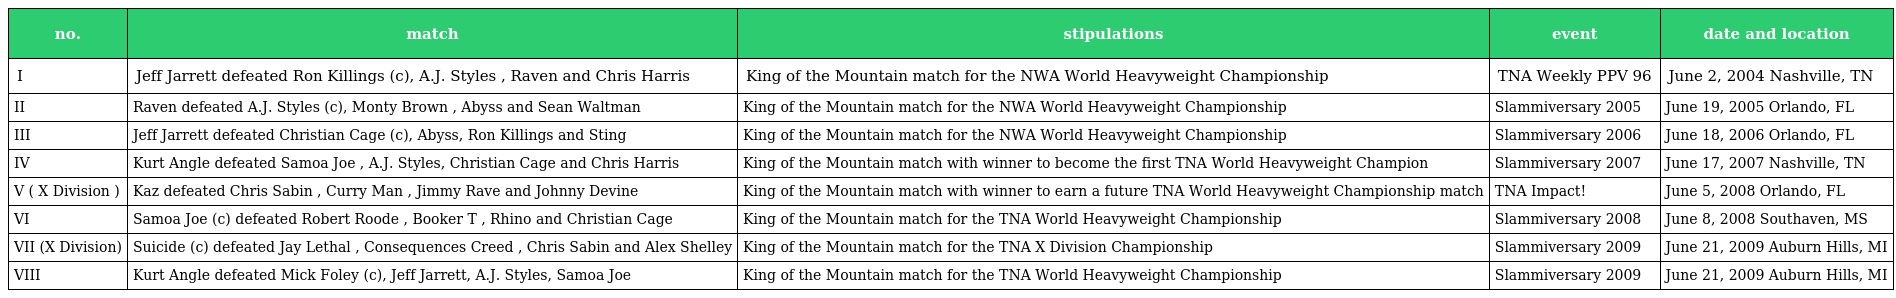
| no. | match | stipulations | event | date and location |
 | --- | --- | --- | --- | --- |
 | I | Jeff Jarrett defeated Ron Killings (c), A.J. Styles , Raven and Chris Harris | King of the Mountain match for the NWA World Heavyweight Championship | TNA Weekly PPV 96 | June 2, 2004 Nashville, TN |
 | II | Raven defeated A.J. Styles (c), Monty Brown , Abyss and Sean Waltman | King of the Mountain match for the NWA World Heavyweight Championship | Slammiversary 2005 | June 19, 2005 Orlando, FL |
 | III | Jeff Jarrett defeated Christian Cage (c), Abyss, Ron Killings and Sting | King of the Mountain match for the NWA World Heavyweight Championship | Slammiversary 2006 | June 18, 2006 Orlando, FL |
 | IV | Kurt Angle defeated Samoa Joe , A.J. Styles, Christian Cage and Chris Harris | King of the Mountain match with winner to become the first TNA World Heavyweight Champion | Slammiversary 2007 | June 17, 2007 Nashville, TN |
 | V ( X Division ) | Kaz defeated Chris Sabin , Curry Man , Jimmy Rave and Johnny Devine | King of the Mountain match with winner to earn a future TNA World Heavyweight Championship match | TNA Impact! | June 5, 2008 Orlando, FL |
 | VI | Samoa Joe (c) defeated Robert Roode , Booker T , Rhino and Christian Cage | King of the Mountain match for the TNA World Heavyweight Championship | Slammiversary 2008 | June 8, 2008 Southaven, MS |
 | VII (X Division) | Suicide (c) defeated Jay Lethal , Consequences Creed , Chris Sabin and Alex Shelley | King of the Mountain match for the TNA X Division Championship | Slammiversary 2009 | June 21, 2009 Auburn Hills, MI |
 | VIII | Kurt Angle defeated Mick Foley (c), Jeff Jarrett, A.J. Styles, Samoa Joe | King of the Mountain match for the TNA World Heavyweight Championship | Slammiversary 2009 | June 21, 2009 Auburn Hills, MI |